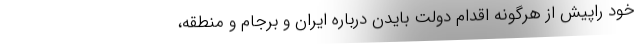
خود راپیش از هرگونه اقدام دولت بایدن درباره ایران و برجام و منطقه،